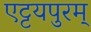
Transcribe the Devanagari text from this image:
एट्टयपुरम्